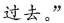
过去。”